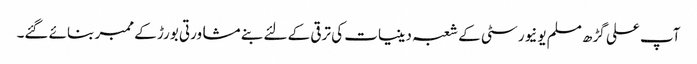
آپ علی گڑھ مسلم یونیورسٹی کے شعبہ دینیات کی ترقی کے لئے بنے مشاورتی بورڑ کے ممبر بنائے گئے۔